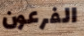
الفرعون